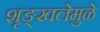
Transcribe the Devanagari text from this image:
शृङ्खलेमुळे